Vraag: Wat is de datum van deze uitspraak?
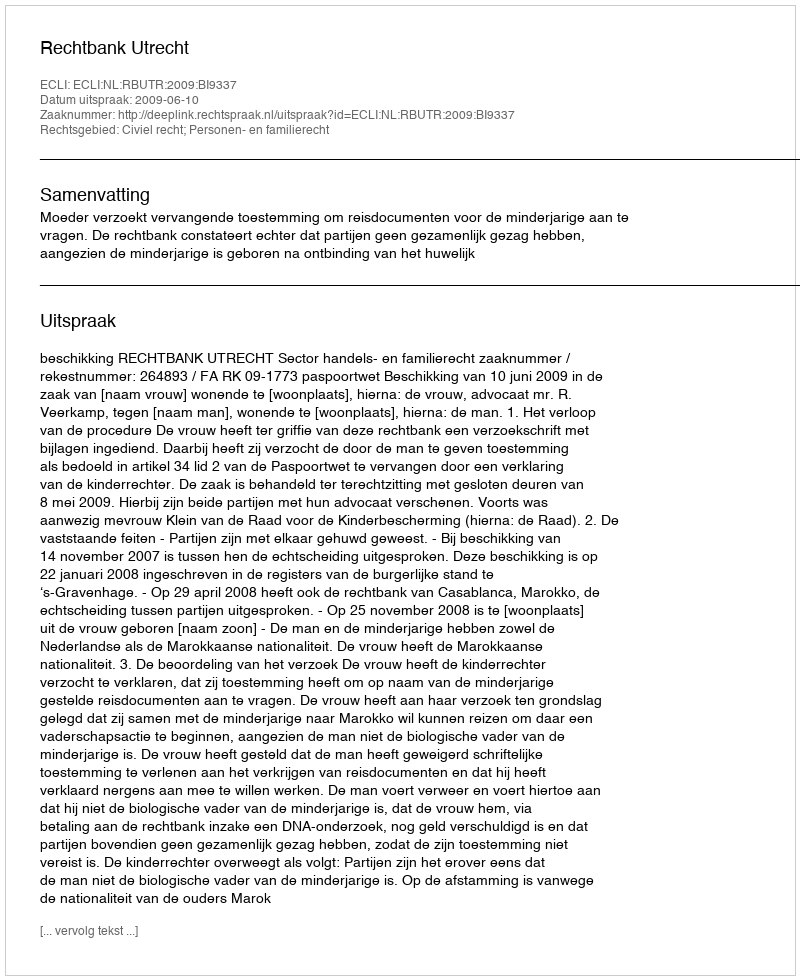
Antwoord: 2009-06-10